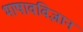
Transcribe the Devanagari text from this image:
भाषावविज्ञान